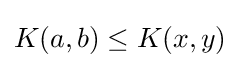
K(a,b)\leq K(x,y)